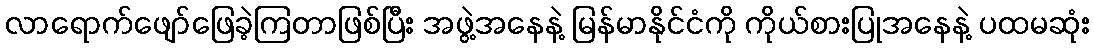
လာရောက်ဖျော်ဖြေခဲ့ကြတာဖြစ်ပြီး အဖွဲ့အနေနဲ့ မြန်မာနိုင်ငံကို ကိုယ်စားပြုအနေနဲ့ ပထမဆုံး